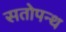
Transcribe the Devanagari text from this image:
सतोपन्थ